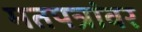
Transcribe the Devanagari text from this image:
मतपत्रांवर